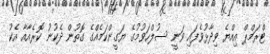
ޓްރަމްޕް އިއްޔެ ވިދާޅުވެފައި ވަނީ ސުލްހަވުމުގެ ޔަގީންކަމެއްގެ ގޮތުން ދެކުނު ކޮރެއާއާ އެކު